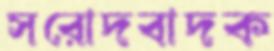
সরোদবাদক